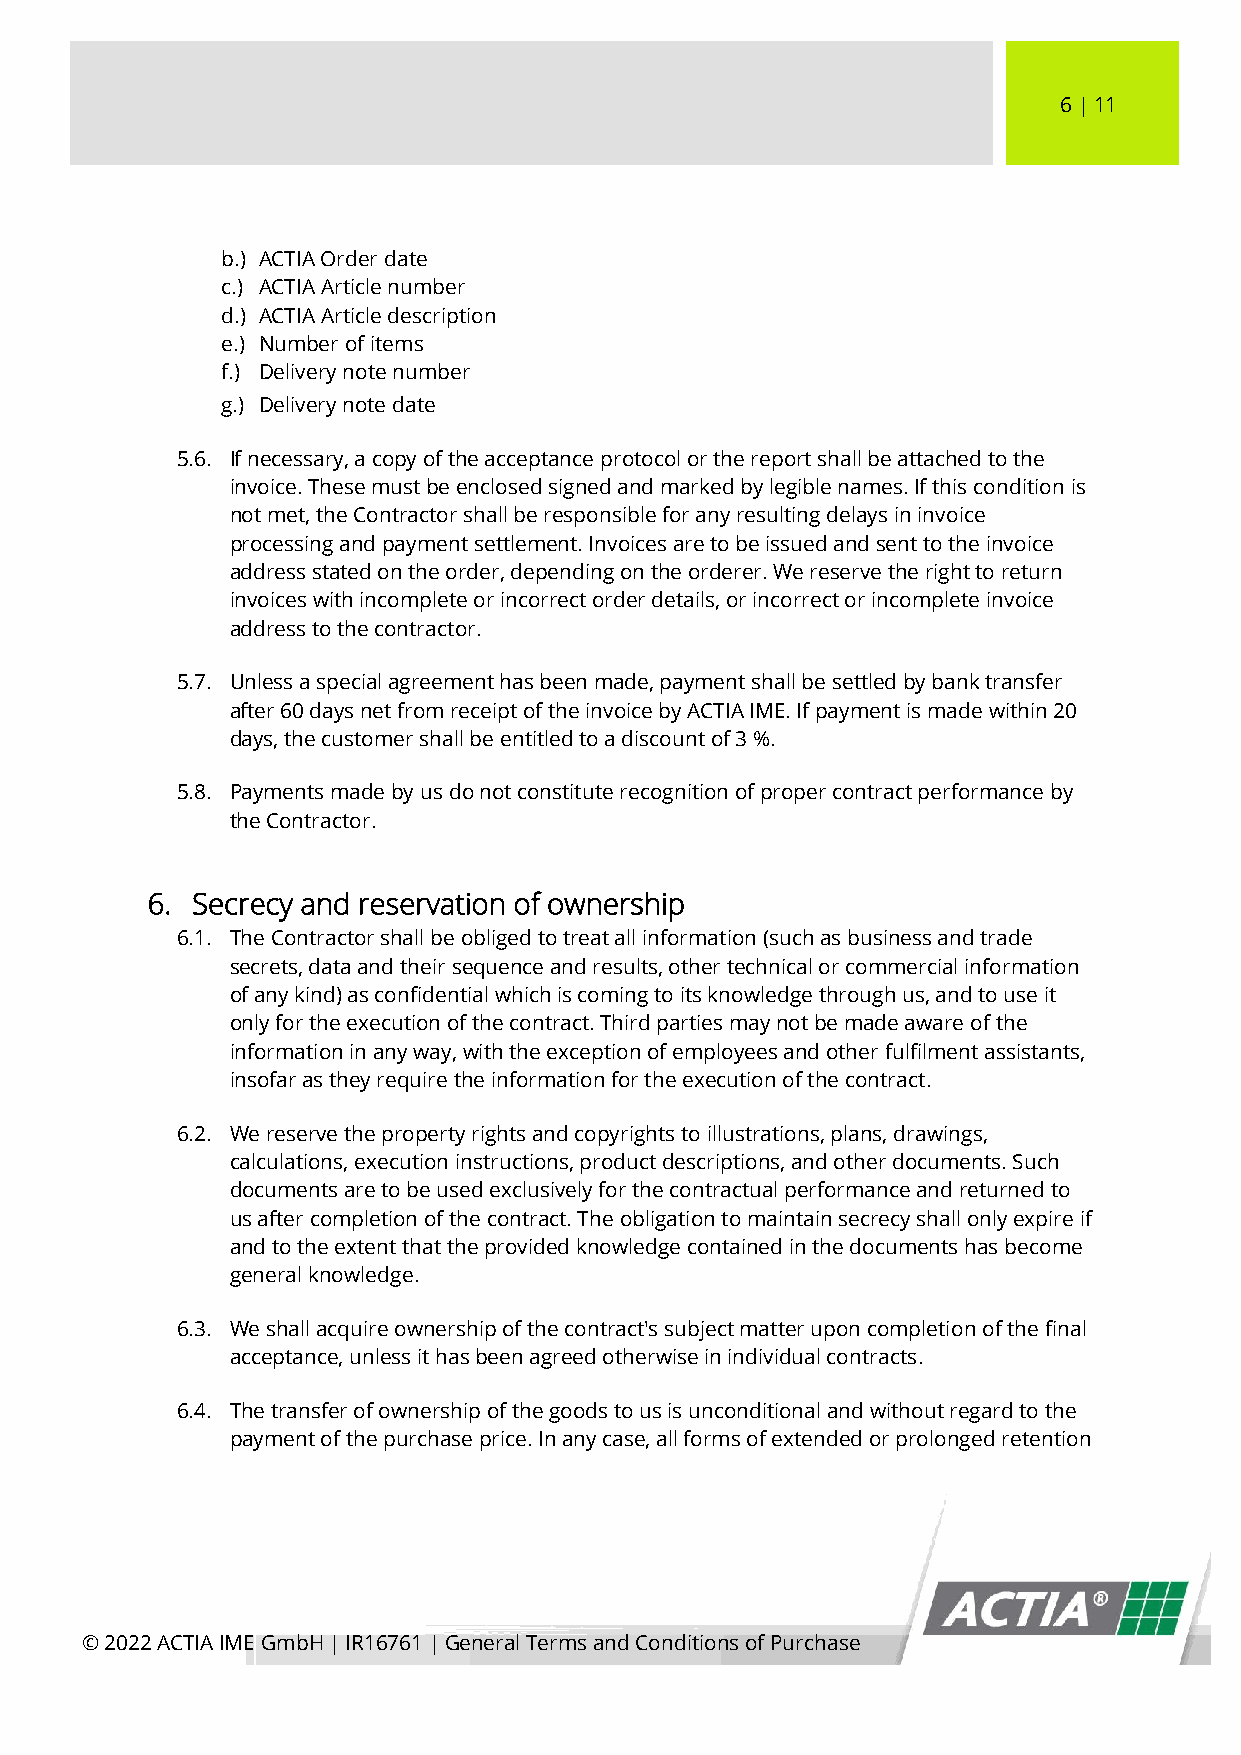
6 │ 11
 b.) ACTIA Order date
 c.) ACTIA Article number
 d.) ACTIA Article description
 e.) Number of items
 f.) Delivery note number
 g.) Delivery note date
 5.6. If necessary, a copy of the acceptance protocol or the report shall be attached to the
 invoice. These must be enclosed signed and marked by legible names. If this condition is
 not met, the Contractor shall be responsible for any resulting delays in invoice
 processing and payment settlement. Invoices are to be issued and sent to the invoice
 address stated on the order, depending on the orderer. We reserve the right to return
 invoices with incomplete or incorrect order details, or incorrect or incomplete invoice
 address to the contractor.
 5.7. Unless a special agreement has been made, payment shall be settled by bank transfer
 after 60 days net from receipt of the invoice by ACTIA IME. If payment is made within 20
 days, the customer shall be entitled to a discount of 3 %.
 5.8. Payments made by us do not constitute recognition of proper contract performance by
 the Contractor.
 6. Secrecy and reservation of ownership
 6.1. The Contractor shall be obliged to treat all information (such as business and trade
 secrets, data and their sequence and results, other technical or commercial information
 of any kind) as confidential which is coming to its knowledge through us, and to use it
 only for the execution of the contract. Third parties may not be made aware of the
 information in any way, with the exception of employees and other fulfilment assistants,
 insofar as they require the information for the execution of the contract.
 6.2. We reserve the property rights and copyrights to illustrations, plans, drawings,
 calculations, execution instructions, product descriptions, and other documents. Such
 documents are to be used exclusively for the contractual performance and returned to
 us after completion of the contract. The obligation to maintain secrecy shall only expire if
 and to the extent that the provided knowledge contained in the documents has become
 general knowledge.
 6.3. We shall acquire ownership of the contract's subject matter upon completion of the final
 acceptance, unless it has been agreed otherwise in individual contracts.
 6.4. The transfer of ownership of the goods to us is unconditional and without regard to the
 payment of the purchase price. In any case, all forms of extended or prolonged retention
 © 2022 ACTIA IME GmbH │ IR16761 │ General Terms and Conditions of Purchase